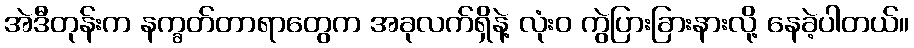
အဲဒီတုန်းက နက္ခတ်တာရာတွေက အခုလက်ရှိနဲ့ လုံးဝ ကွဲပြားခြားနားလို့ နေခဲ့ပါတယ်။